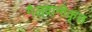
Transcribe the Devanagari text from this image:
गैलवानीकृत